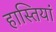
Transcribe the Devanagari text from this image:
हास्तियां